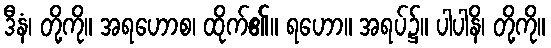
ဒီနံ၊ တို့ကို။ အရဟောစ၊ ထိုက်၏။ ရဟော။ အရပ်၌။ ပါပါနိ၊ တို့ကို။